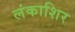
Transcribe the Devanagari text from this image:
लंकाशिर